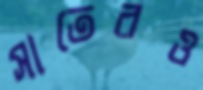
সাতেরও